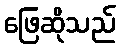
ဖြေဆိုသည်